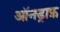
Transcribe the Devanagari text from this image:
ऑनड्राफ़